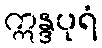
ဣန္ဒပုရံ